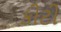
કીટી